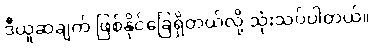
ဒီယူဆချက် ဖြစ်နိုင်ခြေရှိတယ်လို့ သုံးသပ်ပါတယ်။